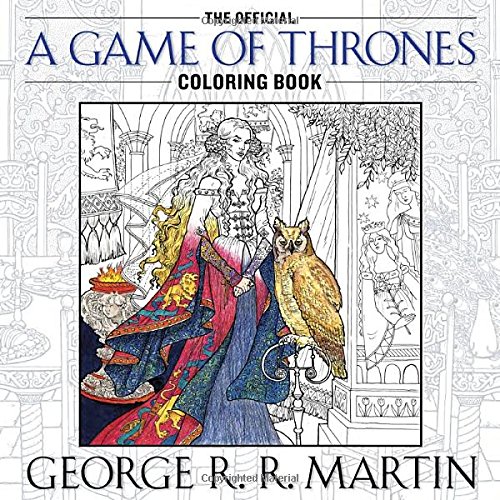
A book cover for The Official A Game of Thrones Coloring Book (A Song of Ice and Fire); George R. R. Martin; Humor & Entertainment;